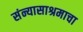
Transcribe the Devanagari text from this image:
संन्यासाश्रमाचा